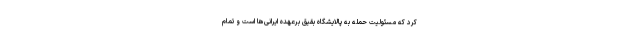
کرد که مسئولیت حمله به پالایشگاه بقیق برعهده ایرانی‌ها است و تمام